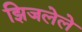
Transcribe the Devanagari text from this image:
झिजलेले